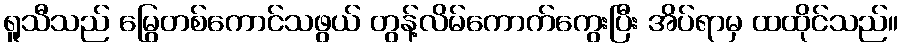
ရူသီသည် မြွေတစ်ကောင်သဖွယ် တွန့်လိမ်ကောက်ကွေးပြီး အိပ်ရာမှ ထထိုင်သည်။